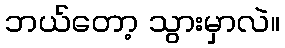
ဘယ်တော့ သွားမှာလဲ။